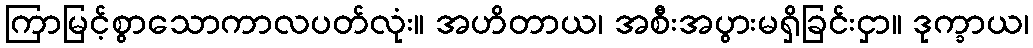
ကြာမြင့်စွာသောကာလပတ်လုံး။ အဟိတာယ၊ အစီးအပွားမရှိခြင်းငှာ။ ဒုက္ခာယ၊